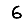
Digit: 6